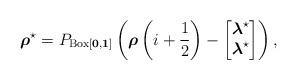
LaTeX: \begin{align*} \boldsymbol{\rho}^{\star}=P_{\operatorname{Box}[\boldsymbol{0}, \boldsymbol{1}]}\left(\boldsymbol{\rho}\left(i+\frac{1}{2}\right)-\begin{bmatrix}\boldsymbol{\lambda}^{\star} \\\boldsymbol{\lambda}^{\star}\end{bmatrix}\right),\end{align*}